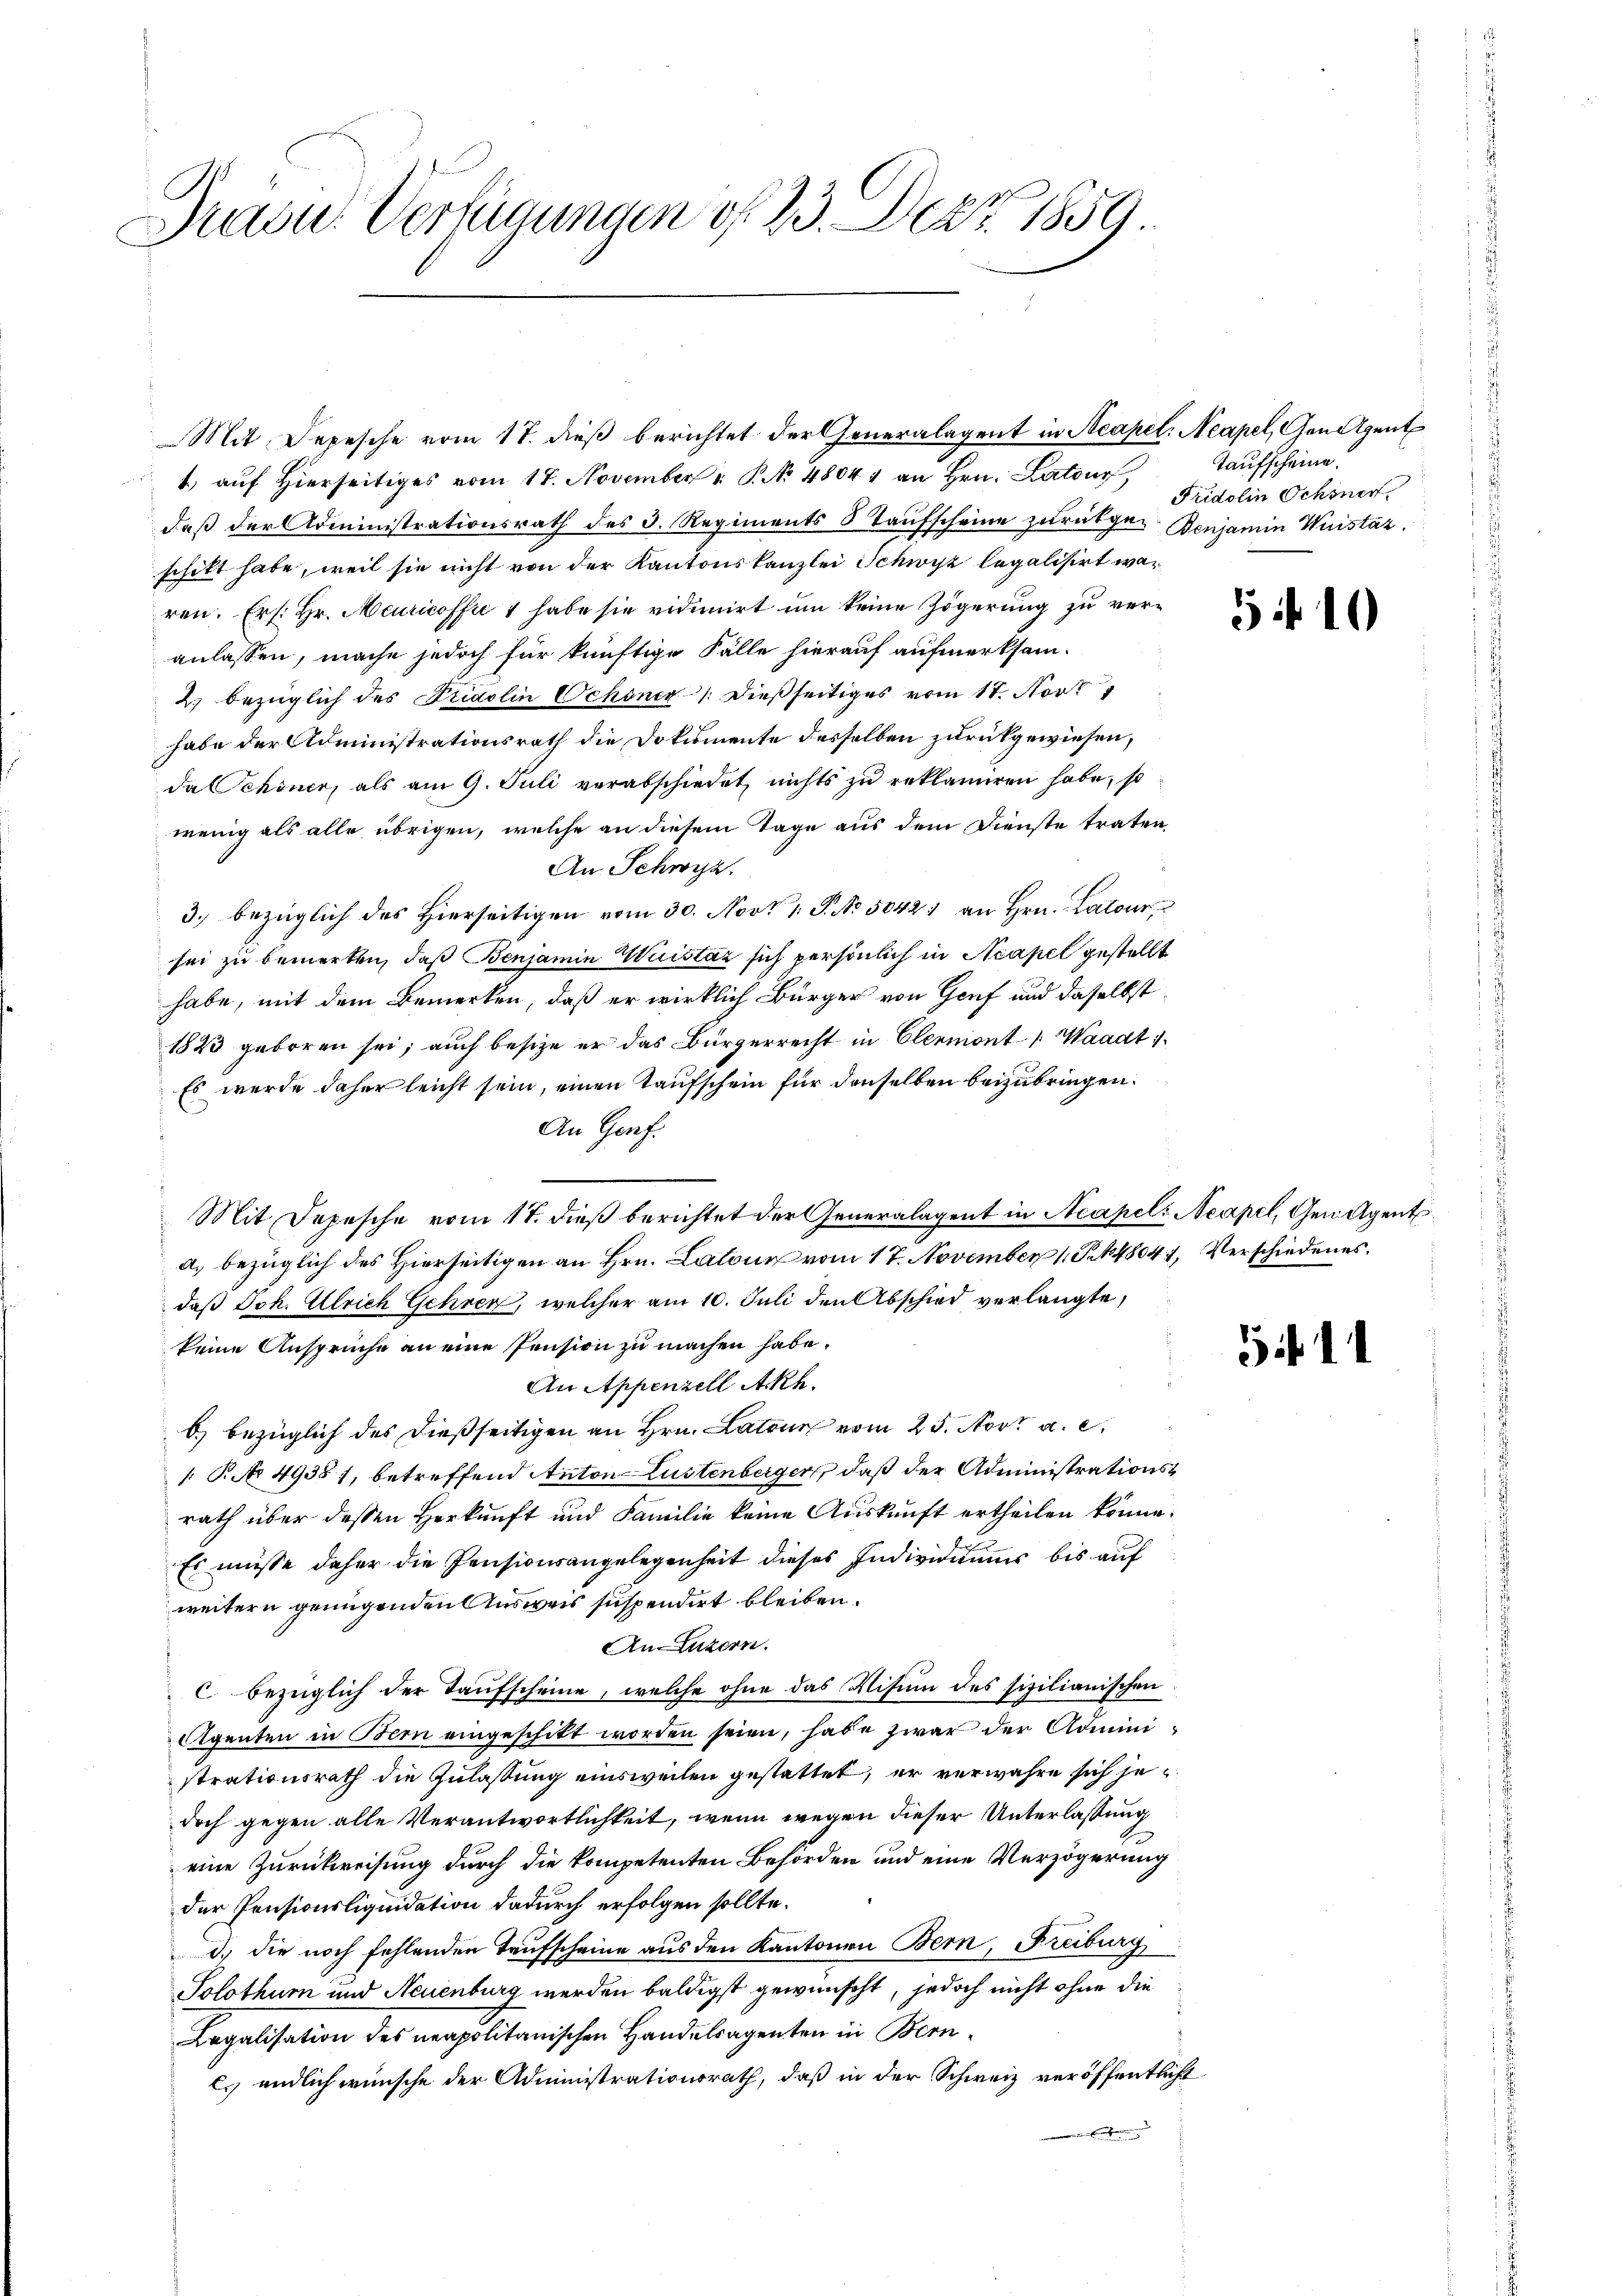
Präsid.. Verfügungen d. 23. Art. 1859

Mit Depesche vom 17. dieß berichtet der Generalagent in Acapel. Neapel, Genigent
1. aŭf hierseitiges vom 17. November " P. No. 48044 an Hrn. Latour
daß der Administrationsrath des 3. Regiments 8 Taŭfscheine zurükge Benjamin Weistäz.
schikt habe, weil sie nicht von der Kantonskanzlei Schwyz legalisirt waren. Er /: Hr. Meuricoffre 1 habe sie vidimirt um keine Zögerung zu veranlassen, mache jedoch für künftige Fälle hierauf aufmerksam-
2. bezüglich des Fridolin Schöner /: dießseitiges vom 17. Novt
habe der Administrationsrath die Dokumente desselben zurückgewiesen,
da Schöner, als am 9. Juli verabschiedet, nichts zu reklamiren habe, so
wenig als alle übrigen, welche an diesem Tage aus dem Dienste traten,
An Schwyz.
3. bezüglich des Hierseitigen vom 30. Nov. 1. P. No 50421 an Hrn. Latour,
sei zu bemerken, daß Benjamin Weistaz sich persönlich in Neapel gestellt
habe, mit dem Bemerken, daß er wirklich Bürger von Genf und daselbst
1823 geboren sei; auch besize er das Bürgerrecht in Clermont-, Waadt 1
Es wurde daher leicht sein, einen Taufschein für denselben beizubringen.
An Genf.
Mit Depesche vom 17. dieß berichtet der Generalagent in Neapel: Neapel, Gen Agent
a) bezüglich des Hierseitigen an Hrn. Latone vom 17. November 1 S. 48047, Verschiedenes
daß Joh. Ulrich Gehren, welcher am 10. Juli den Abschied verlangte,
keine Ansprüche an eine Pension zu machen habe.
An Appenzell Akh.
b) bezüglich des dießseitigen an Hrn. Latone vom 25. Nov. a. c.
 P. No 49381, betreffend Anton Lustenberger, daß der Administrationsrath über dessen Herkunft und Familie keine Auskunft ertheilen könne.
Es müsse daher die Pensionsangelegenheit dieses Individuums bis auf
weitern genügenden Ausweis suspendirt bleiben.
An Luzern.
c bezüglich der Taufscheine, welche ohne das Visum des sizilianischen
Aigenten in Bern eingeschikt worden seien, habe zwar der Administrationsrath die Zulaßung einsweilen gestattet, er verwahre sich jedoch gegen alle Verantwortlichkeit, wenn wegen dieser Unterlassung
eine Zurückreisung durch die kompetenten Behörden und eine Verzögerung
der Pensionsliquidation dadurch erfolgen sollte.
d.) die noch fehlenden Taufscheine aus den Kantonen Bern, Freiburg
Solothurn und Neuenburg werden baldigst gewünscht, jedoch nicht ohne die
Legalisation des neapolitanischen Handelsagenten in Bern¬
Es endlich wünsche der Administrationsrath, daß in der Schweiz veröffentlicht

Taufscheine.
Fridolin Ochsner

5 f 10

3 f 14